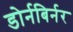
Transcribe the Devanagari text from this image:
डोर्नबिर्नर